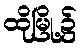
ထိုမြို့၌